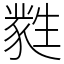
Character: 㽔